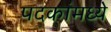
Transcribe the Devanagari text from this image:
पदकांमध्ये